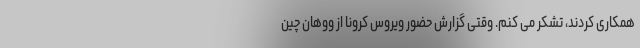
همکاری کردند، تشکر می کنم. وقتی گزارش حضور ویروس کرونا از ووهان چین